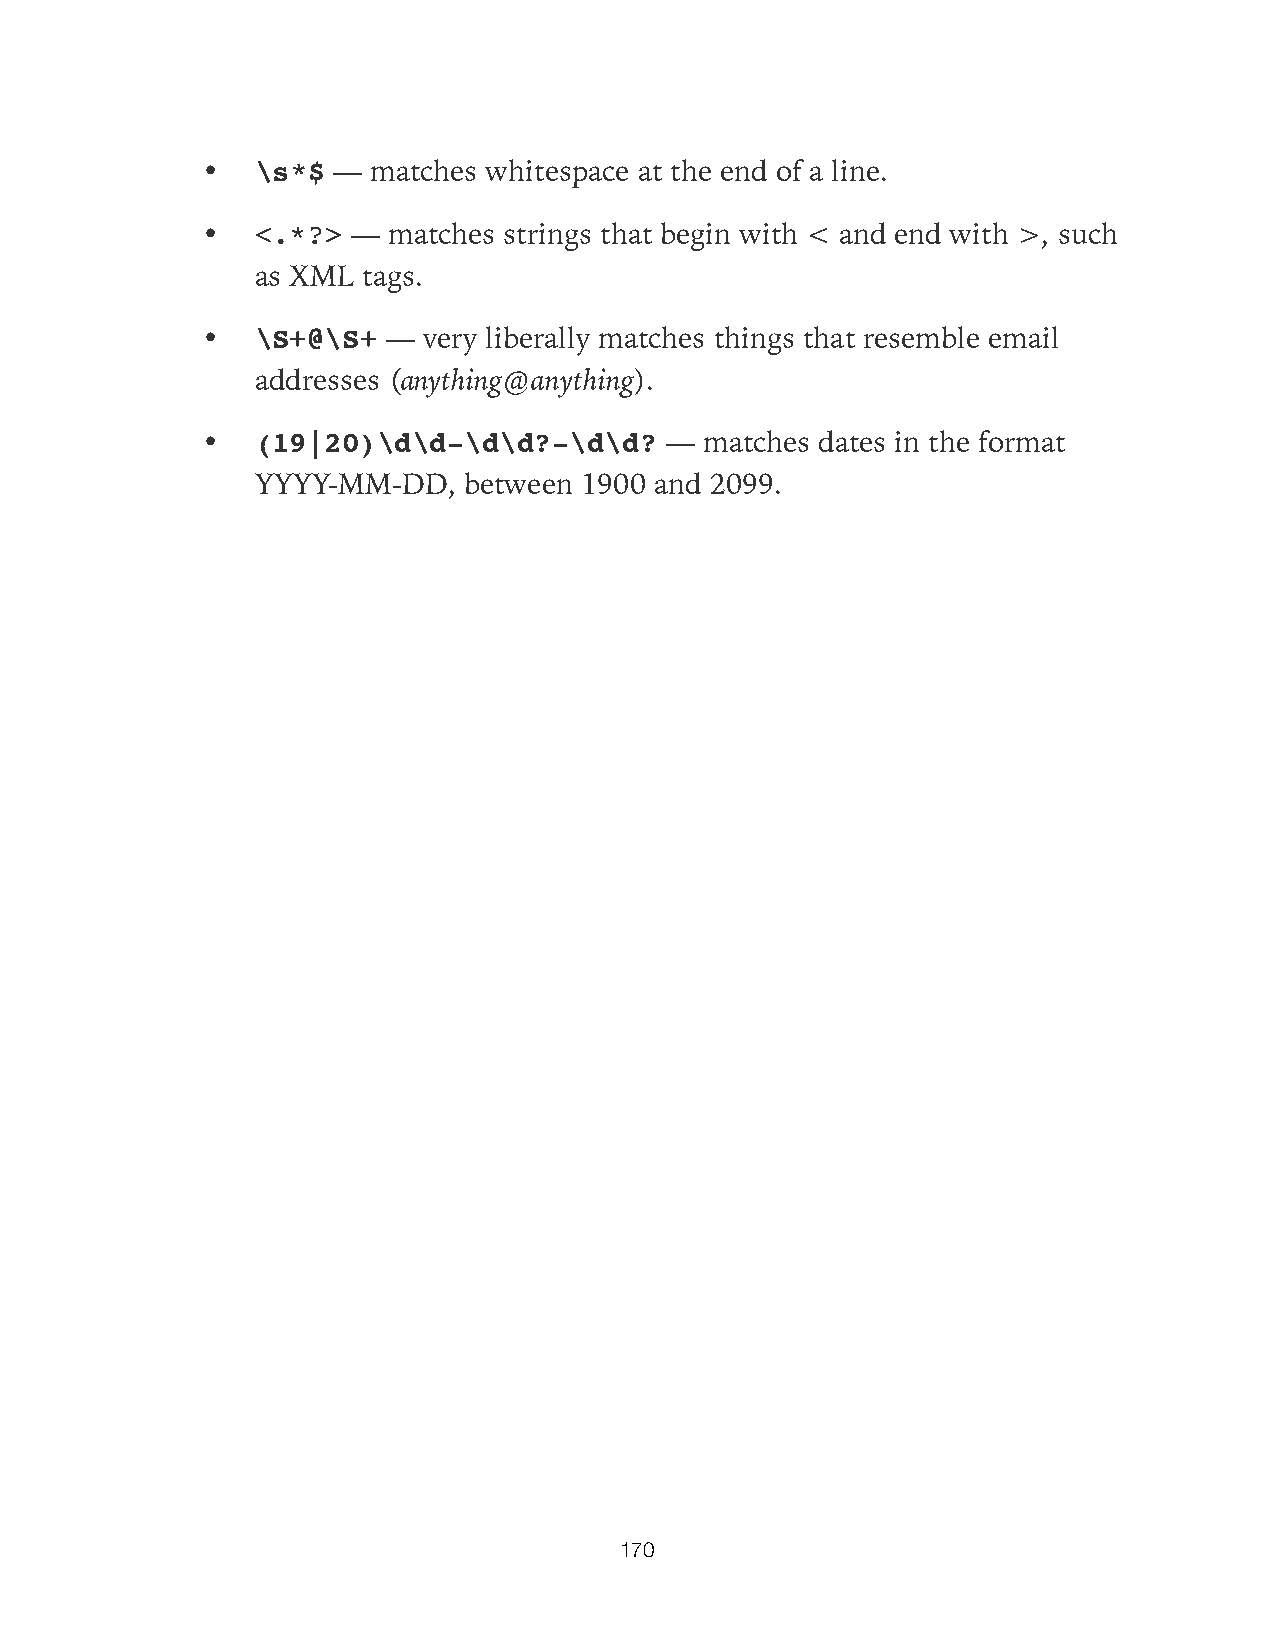
•   \s*$ —  matches whitespace at the end of a line.
 •   <.*?> —  matches strings that begin with < and end with >, such
 as XML tags.
 •   \S+@\S+  — very liberally matches things that resemble email
 addresses (anything@anything).
 •   (19|20)\d\d-\d\d?-\d\d?    —  matches dates in the format
 YYYY-MM-DD,   between 1900 and 2099.
 170